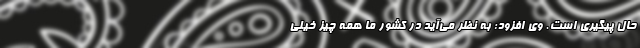
حال پیگیری است. وی افزود: به نظر می‌‌‌آید در کشور ما همه چیز خیلی